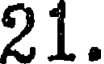
21.